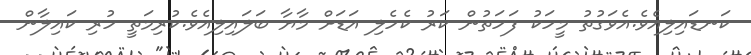
ކަނޑައިލިއެވެ.އެވަގުތު މީހަކު ފަހަތުން ކަރު ކެހެލި އަޑަށް މާޔާ ބަލައިލިއެވެ.ކުރިމަތީ ހުރި ކައިލާން